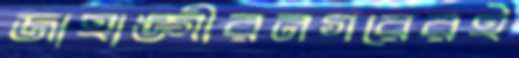
জাহাঙ্গীরনগরেরই